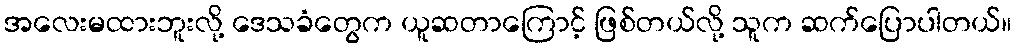
အလေးမထားဘူးလို့ ဒေသခံတွေက ယူဆတာကြောင့် ဖြစ်တယ်လို့ သူက ဆက်ပြောပါတယ်။